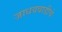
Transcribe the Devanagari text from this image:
जाधववाडीचे